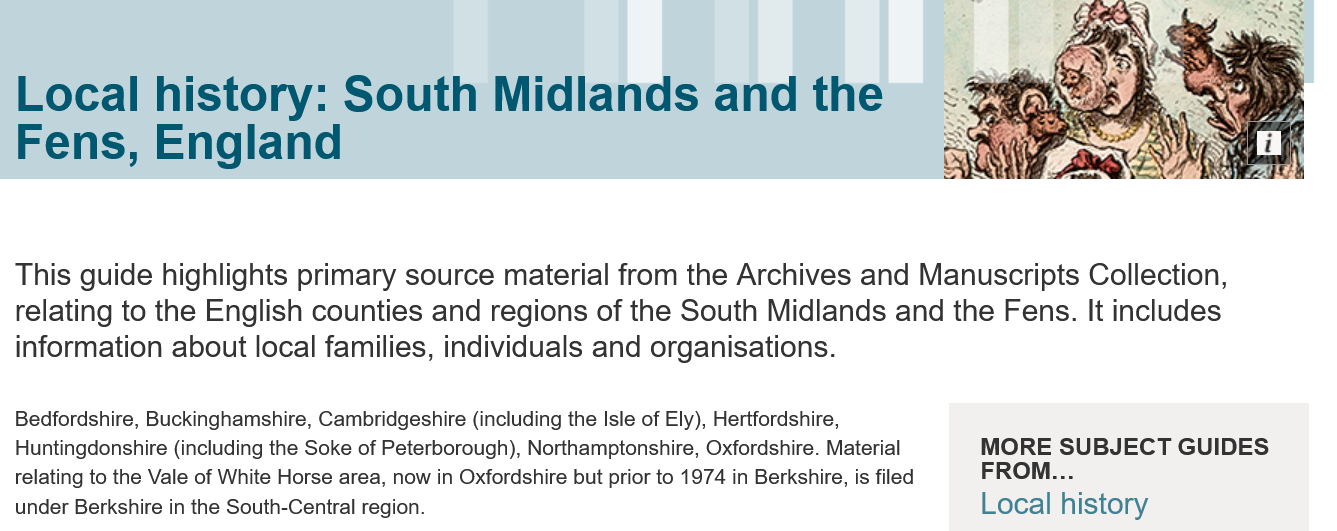
Local    history:    South    Midlands    and    the
  Fens,    England
  This guide  highlights primary  source  material from  the Archives  and  Manuscripts   Collection,
  relating to the English counties  and  regions  of the South  Midlands  and  the Fens. It includes
  information  about local families, individuals and  organisations.
  Bedfordshire, Buckinghamshire, Cambridgeshire (including the Isle of Ely), Hertfordshire,
  Huntingdonshire (including the Soke of Peterborough), Northamptonshire, Oxfordshire. Material MORE SUBJECT GUIDI
  relating to the Vale of White Horse area, now in Oxfordshire but prior to 1974 in Berkshire, is filed FROM...
  under Berkshire in the South-Central region.    Local  history
     MORE   SUBJECT   GUIDES
     FROM...
     Local  history